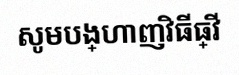
សូមបង្ហាញវិធីធ្វើ